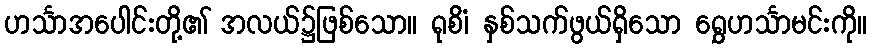
ဟင်္သာအပေါင်းတို့၏ အလယ်၌ဖြစ်သော။ ရုစိံ၊ နှစ်သက်ဖွယ်ရှိသော ရွှေဟင်္သာမင်းကို။